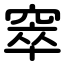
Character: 窣